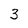
Character: 3